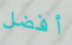
أفضل